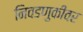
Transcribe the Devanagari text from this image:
निवडणुकींवर